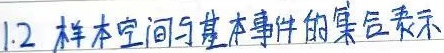
1.2 样本空间与基本事件的集合表示